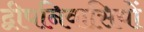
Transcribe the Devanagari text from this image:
द्वीपनिवासियों